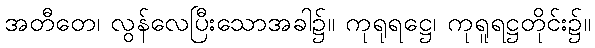
အတီတေ၊ လွန်လေပြီးသောအခါ၌။ ကုရုရဋ္ဌေ၊ ကုရူရဋ္ဌတိုင်း၌။